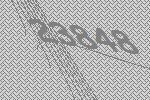
23848